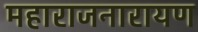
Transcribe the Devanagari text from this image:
महाराजनारायण